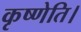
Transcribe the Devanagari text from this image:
कृष्णेति।